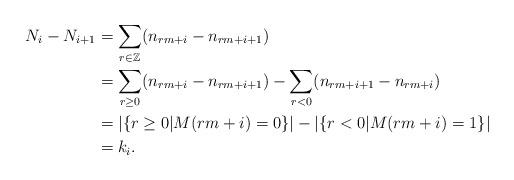
LaTeX: \begin{align*}N_i - N_{i+1} &= \sum_{r \in \mathbb{Z}} (n_{rm+i} - n_{rm+i+1}) \\&= \sum_{r \geq 0} (n_{rm+i} - n_{rm+i+1}) - \sum_{r < 0} (n_{rm+i+1} - n_{rm+i}) \\&= |\{r\geq 0| M(rm+i) = 0\}| - |\{r < 0| M(rm+i) = 1\}| \\&= k_i.\end{align*}